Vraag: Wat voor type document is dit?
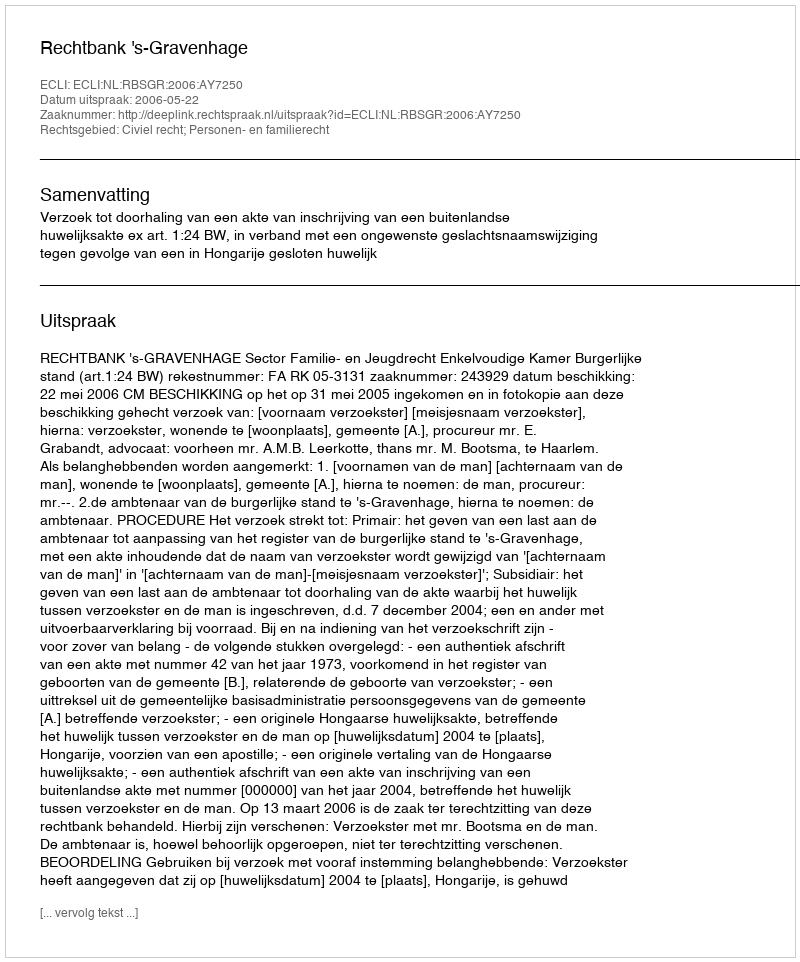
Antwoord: Uitspraak